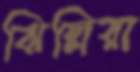
ঝিল্লিরা